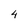
Character: 4